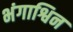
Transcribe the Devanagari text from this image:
भंगाश्विन